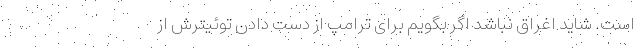
است. شاید اغراق نباشد اگر بگویم برای ترامپ از دست دادن توئیترش از